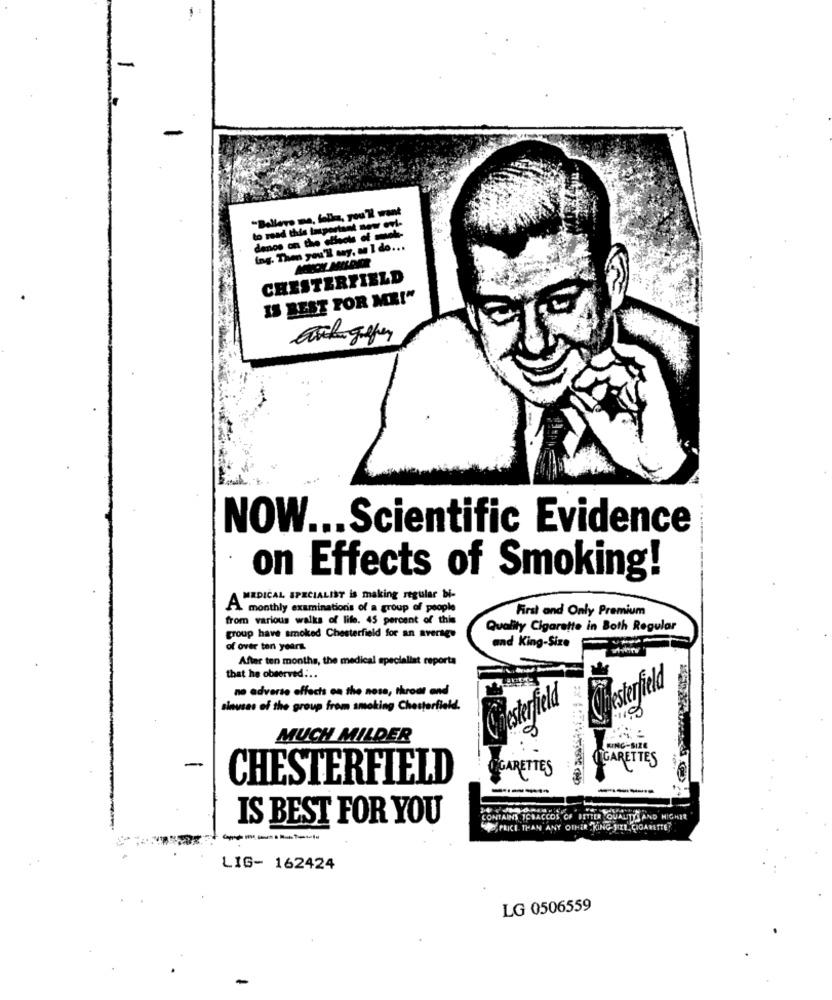
-
"Believe me, folka, you'll want
to read this important now evi-
denos on the effects of mek-
ing. Then you'll any, an I do ...
CHESTERFIELD
IS BEST FOR ME!"
Erikgolfer
NOW ... Scientific Evidence
on Effects of Smoking!
AMEDICAL SPECIALIST is making regular bi-
A monthly examinations of a group of people
First and Only Premium
from various walks of life. 45 percent of this
Quality Cigarette in Both Regular
group have smoked Chesterfield for an average
of over ten years.
and King-Size
After ten months, the medical specialist reporta
that he observed :..
no adverse effects on the nose, throat and
esterfield
sinuses of the group from smoking Chesterfield.
MUCH MILDER
KING-SIZE
ITGARETTES
-
GARETTES
CHESTERFIELD
----
IS BEST FOR YOU
CONTAINS ICHACCOS OF BITTER QUALITY AND HIGHER
PRICE THAN ANY OTHER "KING- SIZE CIGARETTE?
LIG- 162424
LG 0506559